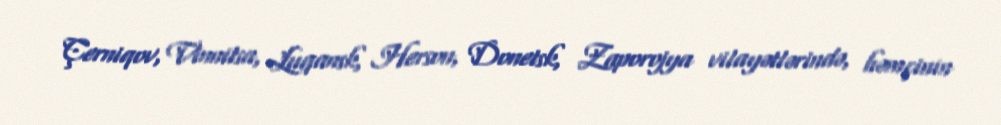
Çerniqov, Vinnitsa, Luqansk, Herson, Donetsk, Zaporojya vilayətlərində, həmçinin